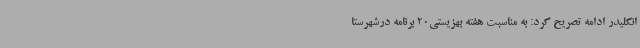
انکلیدر ادامه تصریح کرد: به مناسبت هفته بهزیستی20 برنامه درشهرستا